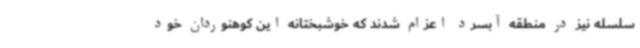
سلسله نیز در منطقه آبسرد اعزام شدند که خوشبختانه این کوهنوردان خود